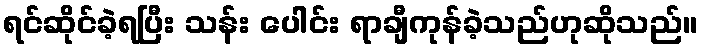
ရင်ဆိုင်ခဲ့ရပြီး သန်း ပေါင်း ရာချီကုန်ခဲ့သည်ဟုဆိုသည်။